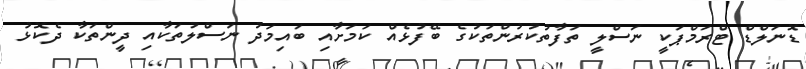
ޑޮނަލްޑް ޓްރަމްޕަކީ ނަސްލީ ތަފާތުކުރުންތަކުގެ ބޭފުޅެއް ކަމަށާއި ބައިމަދު ނަސްލުތަކާއި ދީންތަކާ ދެކޮޅު